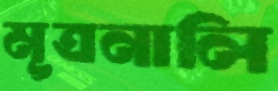
মূত্রনালি